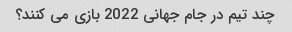
چند تیم در جام جهانی 2022 بازی می کنند؟